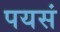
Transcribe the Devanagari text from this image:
पयसं